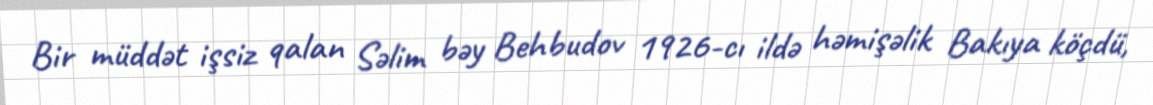
Bir müddət işsiz qalan Səlim bəy Behbudov 1926-cı ildə həmişəlik Bakıya köçdü,